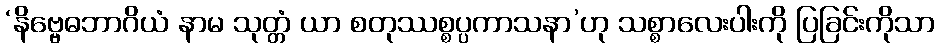
‘နိဗ္ဗေဓဘာဂိယံ နာမ သုတ္တံ ယာ စတုဿစ္စပ္ပကာသနာ’ဟု သစ္စာလေးပါးကို ပြခြင်းကိုသာ